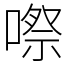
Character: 㗫